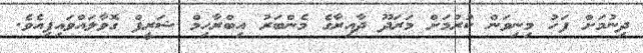
ދިނުމަށް ފަހު މިނިވަން ކުރުމަށް މަރަދޫ ދާއިރާގެ މެންބަރު އިބްރާހިމް ޝަރީފް ގޮވާލައްވައިފިއެވެ.